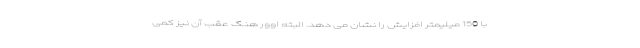
با 150 میلیمتر افزایش را نشان می دهد. البته اوور هنگ عقب آن نیز کمی